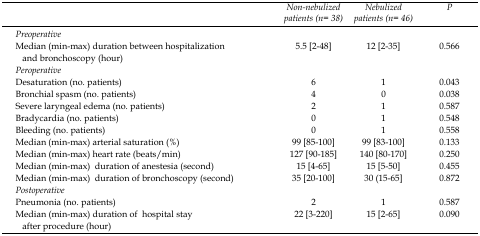
<table><thead><tr><td>[EMPTY_CELL]</td><td><b>Non-nebulized patients (n= 38)</b></td><td><b>Nebulized patients (n= 46)</b></td><td><b>P</b></td></tr></thead><tbody><tr><td><i>Preoperative</i></td><td>[EMPTY_CELL]</td><td>[EMPTY_CELL]</td><td>[EMPTY_CELL]</td></tr><tr><td>Median (min-max) duration between hospitalization and bronchoscopy (hour)</td><td>5.5 [2-48]</td><td>12 [2-35]</td><td>0.566</td></tr><tr><td><i>Peroperative</i></td><td>[EMPTY_CELL]</td><td>[EMPTY_CELL]</td><td>[EMPTY_CELL]</td></tr><tr><td>Desaturation (no. patients)</td><td>6</td><td>1</td><td>0.043</td></tr><tr><td>Bronchial spasm (no. patients)</td><td>4</td><td>0</td><td>0.038</td></tr><tr><td>Severe laryngeal edema (no. patients)</td><td>2</td><td>1</td><td>0.587</td></tr><tr><td>Bradycardia (no. patients)</td><td>0</td><td>1</td><td>0.548</td></tr><tr><td>Bleeding (no. patients)</td><td>0</td><td>1</td><td>0.558</td></tr><tr><td>Median (min-max) arterial saturation (%)</td><td>99 [85-100]</td><td>99 [83-100]</td><td>0.133</td></tr><tr><td>Median (min-max) heart rate (beats/min)</td><td>127 [90-185]</td><td>140 [80-170]</td><td>0.250</td></tr><tr><td>Median (min-max) duration of anestesia (second)</td><td>15 [4-65]</td><td>15 [5-50]</td><td>0.455</td></tr><tr><td>Median (min-max) duration of bronchoscopy (second)</td><td>35 [20-100]</td><td>30 (15-65]</td><td>0.872</td></tr><tr><td><i>Postoperative</i></td><td>[EMPTY_CELL]</td><td>[EMPTY_CELL]</td><td>[EMPTY_CELL]</td></tr><tr><td>Pneumonia (no. patients)</td><td>2</td><td>1</td><td>0.587</td></tr><tr><td>Median (min-max) duration of hospital stay after procedure (hour)</td><td>22 [3-220]</td><td>15 [2-65]</td><td>0.090</td></tr></tbody></table>